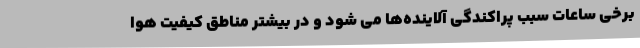
برخی ساعات سبب پراکندگی آلاینده‌ها می شود و در بیشتر مناطق کیفیت هوا